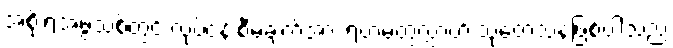
အစိုးရအဖွဲ့သစ်တွင် လုပ်ငန်းစီမံချက်အား ရဟမတွလ္လာဟ် သုတေသနဖြစ်ပါသည်